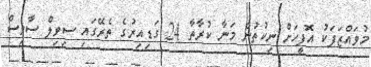
މުވައްޒަފަކު އޮފީހަށް ނިކުތުން މަނާ ކުރާތާ 24 ގަޑިއިރުގެ ތެރޭގައި ސިވިލް ސާވިސް